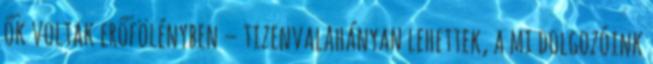
ők voltak erőfölényben – tizenvalahányan lehettek, a mi dolgozóink